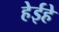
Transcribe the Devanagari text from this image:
हेईहे